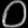
Digit: ၀